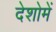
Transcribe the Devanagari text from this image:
देशोमें